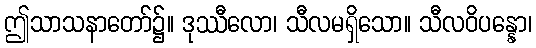
ဤသာသနာတော်၌။ ဒုဿီလော၊ သီလမရှိသော။ သီလဝိပန္နော၊